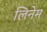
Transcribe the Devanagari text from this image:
लिनेम